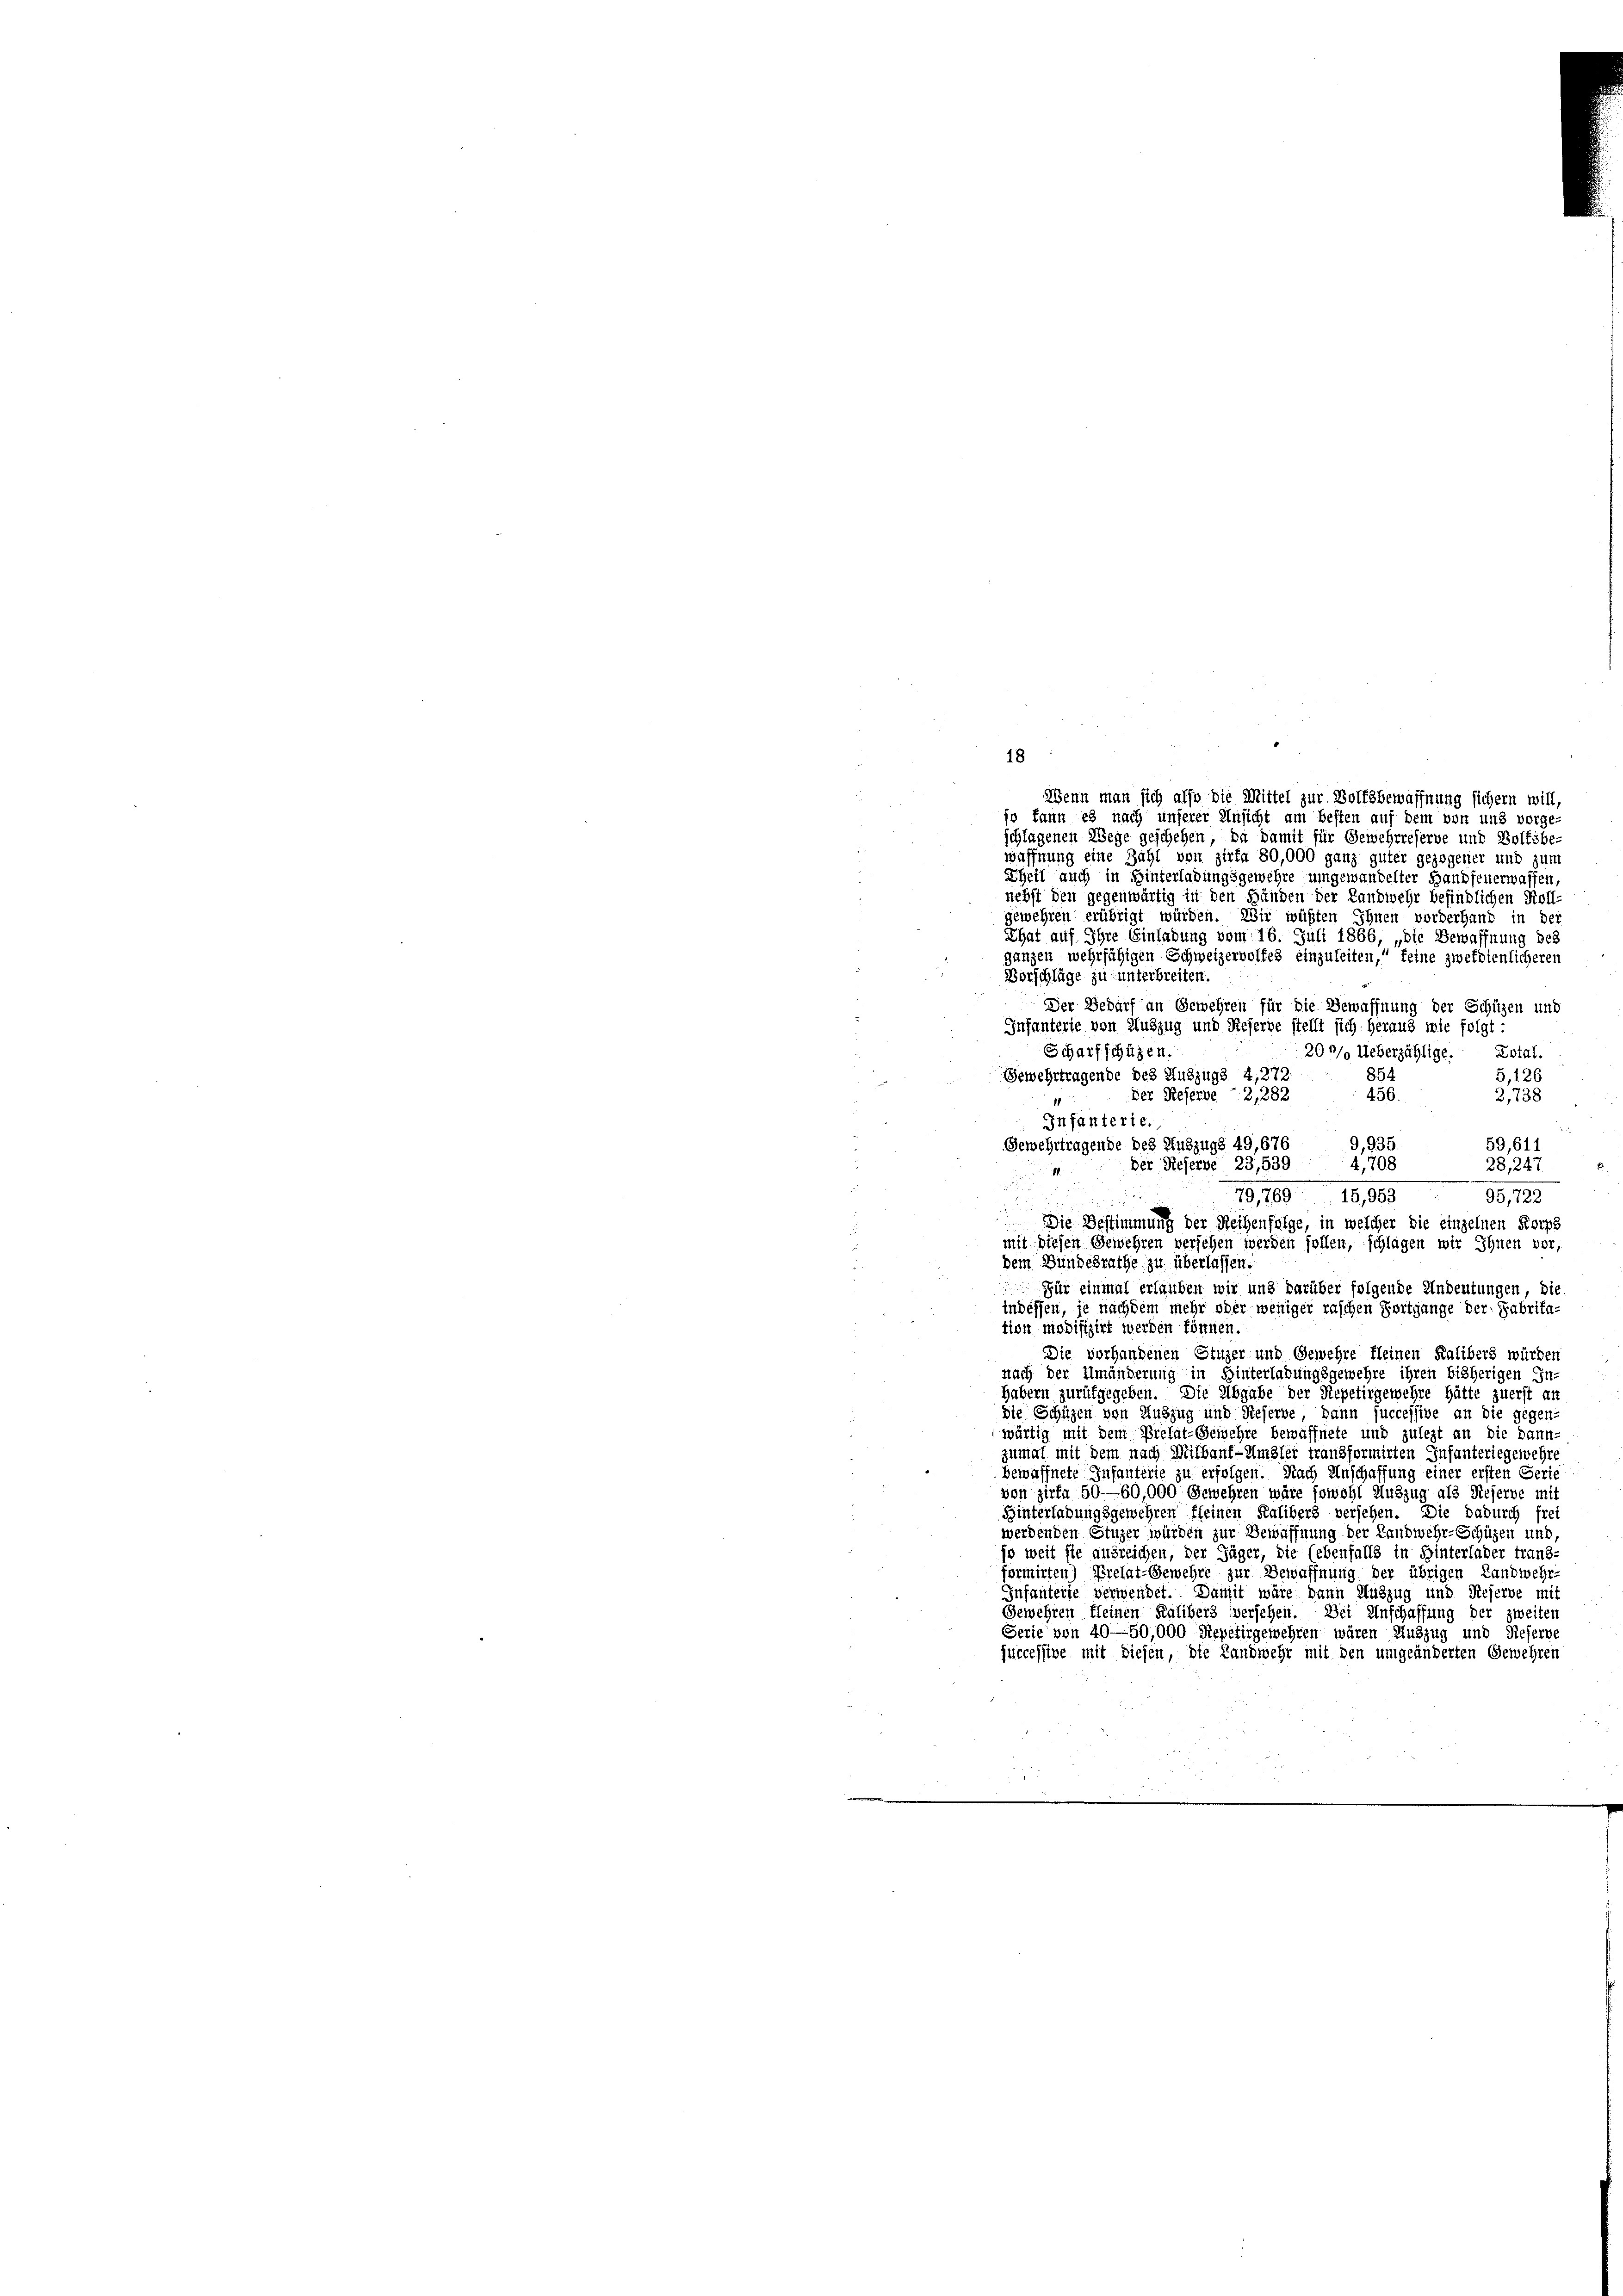
18

Wenn man sich also die Mittel zur Wolfsbewaffnung sichern will,
so kann es nach unserer Ansicht am besten auf dem von uns vorge
schlagenen Wege geschehen, da damit für Gewehrreserve und Bolfsbe-
waffnung eine Zahl von Zirka 80,000 ganz guter gezogener und zum
Theil auch in Hinterladungsgewehre umgewandelter Handfeuerwassen
nebst den gegenwärtig in den Händen der Landwehr befindlichen Roll-
gewehren erübrigt würden. Wir wüßten Ihnen vorderhand in der
That auf Ihre Einladung vom 16. Juli 1866, „die Bewaffnung des
ganzen wehrfähigen Schweizerwolfes einzuleiten, feine zweidienlicheren
Vorschläge zu unterbreiten.
Der Bedarf an Gewehren für die Bewaffnung der Schüzen und
Infanterie von Auszug und Reserve stellt sich heraus wie folgt:
Scharfschützen.
200/0 Ueberzählige. Dotal.
854
Gewehrtragende des Auszugs 4,272.
5,126
Der Referbe 2,282
456.
2,738
Infanterie.
9,935
Gewehrtragende des Auszugs 49, 676
59,611
Der Reserve 23,539
4,708
28,247
1
79,769
15,953
95,722
Die Bestimmung der Reihenfolge, in welcher die einzelnen Korps
mit diesen Gewehren versehen werden sollen, schlagen wir Ihnen vor
dem Bundesrathe zu überlassen.
Für einmal erlauben wir und darüber folgende Andeutungen, die
indessen, je nachdem mehr oder weniger raschen Fortgange der Fabritation modifizirt werden können.
Die vorhandenen Stuzer und Gewehre fleinen Kalibers würden
nach der Umänderung in Hinterladungsgemehre ihren bisherigen In-
Habern zurükgegeben. Die Abgabe der Repetirgewehre hätte zuerst au
die Schüzen von Auszug und Rieserve, dann successive an die gegen-
wärtig mit dem Prelat-Gemehre bewaffnete und zulezt an die dann
zumal mit dem nach Mithauf-Umzlei transformirten Infanteriegewehr
bewaffnete Infanterie zu erfolgen. Nach Anschaffung einer ersten Serie
von Zirka 50—60,000 Gewehren wäre sowohl Auszug als Reserve mit
Hinterladungsgewehren fleinen Kalibers versehen. Die dadurch frei
werdenden Stuzer würden zur Bewaffnung der Landwehr-Schüzen und,
so weit sie ausreichen, der Jäger, die (ebenfalls in Hinterlader trand-
formirten) Prelat-Gewehre zur Bewaffnung der übrigen Landwehr
Infanterie verwendet. Dansit wäre dann Auszug und Reserve mit
Gewehren Kleinen Kalibers versehen. Bei Anschaffung der zweiten
Serie von 40—50,000 Stepetirgewehren wären Auszug und Tiefern,
jurcessive mit diesen, die Landwehr mit den umgeänderten Gewehren